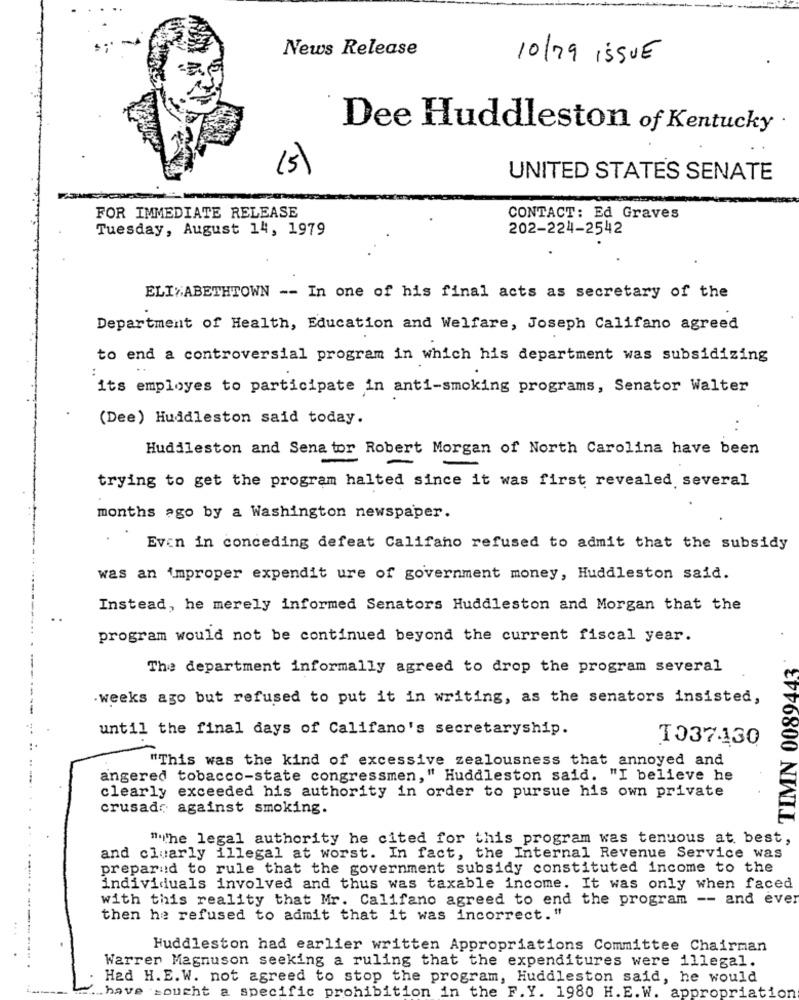
News Release
10/79 ISSUE
Dee Huddleston of Kentucky
(5)
UNITED STATES SENATE
FOR IMMEDIATE RELEASE
CONTACT: Ed Graves
Tuesday, August 14, 1979
202-224-2542
ELIZABETHTOWN -- In one of his final acts as secretary of the
Department of Health, Education and Welfare, Joseph Califano agreed
to end a controversial program in which his department was subsidizing
its employes to participate in anti-smoking programs, Senator Walter
(Dee) Huddleston said today.
Huddleston and Senator Robert Morgan of North Carolina have been
trying to get the program halted since it was first revealed several
months ago by a Washington newspaper.
Even in conceding defeat Califano refused to admit that the subsidy
was an improper expendit ure of government money, Huddleston said.
Instead, he merely informed Senators Huddleston and Morgan that the
program would not be continued beyond the current fiscal year.
TIMN 0089442'
The department informally agreed to drop the program several
.weeks ago but refused to put it in writing, as the senators insisted,
until the final days of Califano's secretaryship.
T037430
"This was the kind of excessive zealousness that annoyed and
angered tobacco-state congressmen," Huddleston said. "I believe he
clearly exceeded his authority in order to pursue his own private
crusade against smoking.
"The legal authority he cited for this program was tenuous at best,
and clearly illegal at worst. In fact, the Internal Revenue Service was
preparud to rule that the government subsidy constituted income to the
individuals involved and thus was taxable income. It was only when faced
with this reality that Mr. Califano agreed to end the program -- and ever
then he refused to admit that it was incorrect."
Huddleston had earlier written Appropriations Committee Chairman
Warrer Magnuson seeking a ruling that the expenditures were illegal.
Had H.E.W. not agreed to stop the program, Huddleston said, he would
have sought a specific prohibition in the F.Y. 1980 H.E.W. appropriation